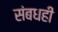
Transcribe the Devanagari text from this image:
संबधही